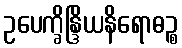
ဥပေက္ခိန္ဒြိယနိရောဓဉ္စ